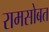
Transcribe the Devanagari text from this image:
रामसोबत